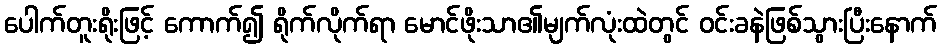
ပေါက်တူးရိုးဖြင့် ကောက်၍ ရိုက်လိုက်ရာ မောင်ဖိုးသာ၏မျက်လုံးထဲတွင် ဝင်းခနဲဖြစ်သွားပြီးနောက်